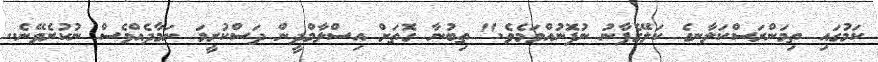
ކަމުގައި ތިމަންރަސްކަލާނގެ ކަލޭގެފާނު ނުފޮނުއްވަމެވެ." ތިބުނާ ގޮތަށް އިސްލާމްދީން ދަސްކުރީމަ ނަމާދެއްވެސް ނުކުރެވޭނެ..